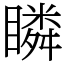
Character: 瞵